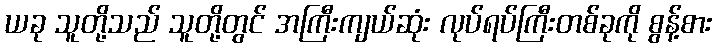
ယခု သူတို့သည် သူတို့တွင် အကြီးကျယ်ဆုံး လုပ်ရပ်ကြီးတစ်ခုကို စွန့်စား